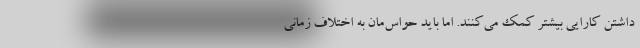
داشتن کارایی بیشتر کمک می‌کنند. اما باید حواس‌مان به اختلاف زمانی